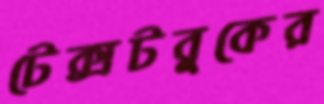
টেক্সটবুকের